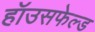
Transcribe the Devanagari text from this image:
हॉउसफेल्ड